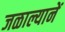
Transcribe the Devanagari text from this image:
जळाल्यानें